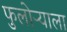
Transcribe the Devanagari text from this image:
फुलोऱ्याला